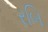
રબિ